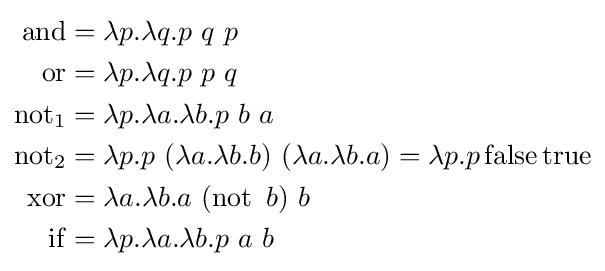
{\begin{aligned}\operatorname {and} &=\lambda p.\lambda q.p\ q\ p\\\operatorname {or} &=\lambda p.\lambda q.p\ p\ q\\\operatorname {not} _{1}&=\lambda p.\lambda a.\lambda b.p\ b\ a\\\operatorname {not} _{2}&=\lambda p.p\ (\lambda a.\lambda b.b)\ (\lambda a.\lambda b.a)=\lambda p.p\operatorname {false} \operatorname {true} \\\operatorname {xor} &=\lambda a.\lambda b.a\ (\operatorname {not} \ b)\ b\\\operatorname {if} &=\lambda p.\lambda a.\lambda b.p\ a\ b\end{aligned}}